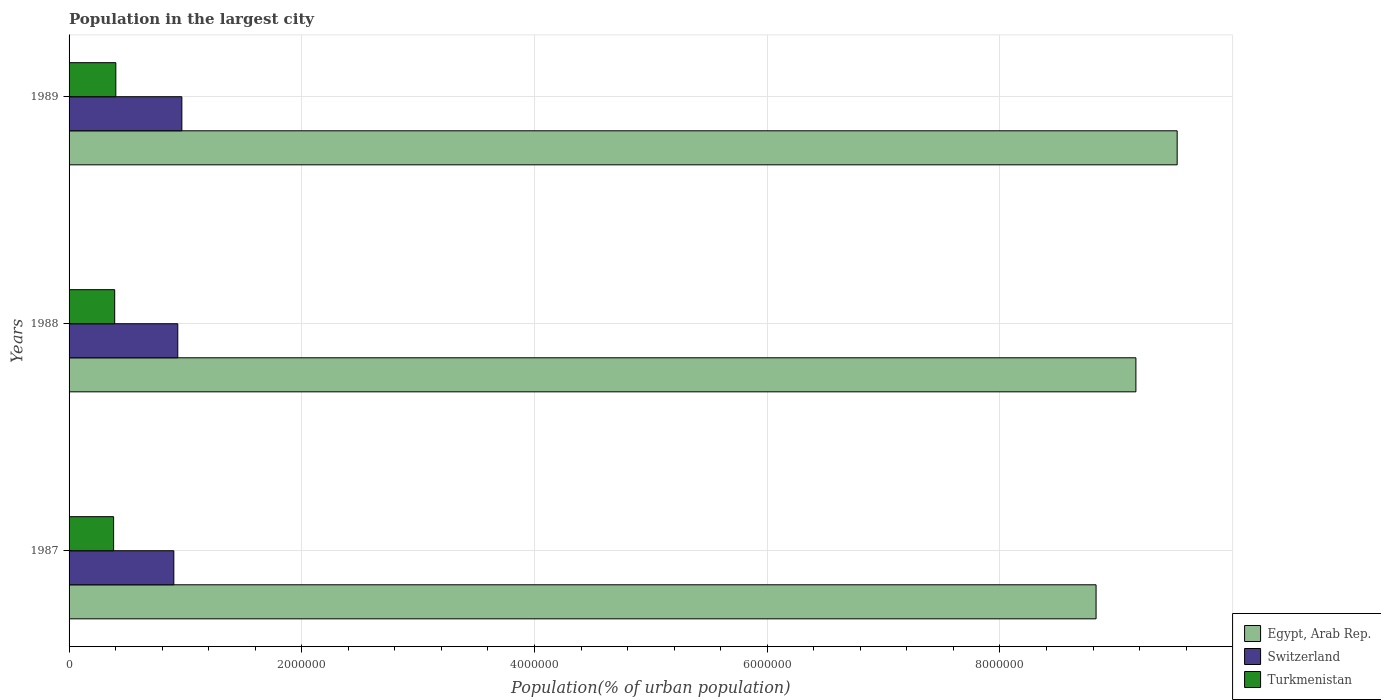
| Years | Egypt, Arab Rep. | Switzerland | Turkmenistan |
 | --- | --- | --- | --- |
 | 1987 | 8.83e+06 | 9e+05 | 3.83e+05 |
 | 1988 | 9.17e+06 | 9.34e+05 | 3.92e+05 |
 | 1989 | 9.52e+06 | 9.69e+05 | 4.02e+05 |